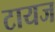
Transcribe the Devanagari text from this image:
टायज